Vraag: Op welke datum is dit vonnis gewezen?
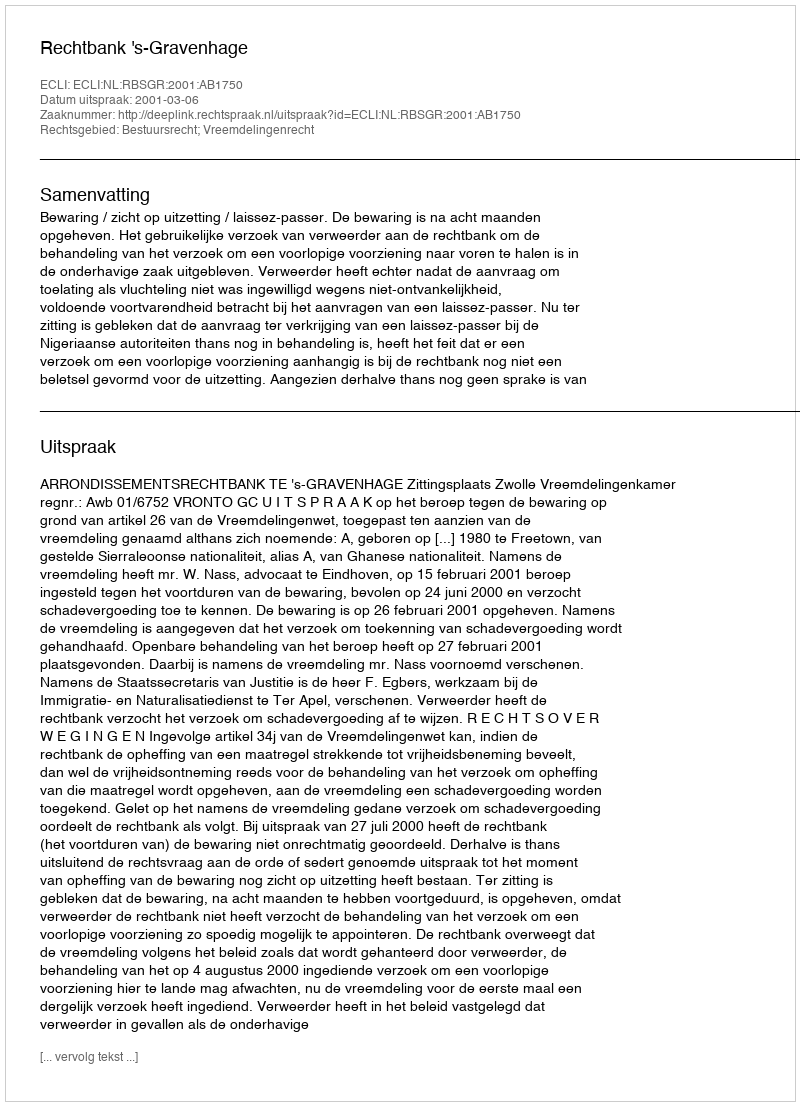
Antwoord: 2001-03-06